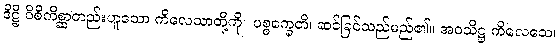
ဒိဋ္ဌိ ဝိစိကိစ္ဆာတည်းဟူသော ကိလေသာတို့ကို။ ပစ္စက္ခေတိ၊ ဆင်ခြင်သည်မည်၏။ အဝသိဋ္ဌ ကိလေသေ၊